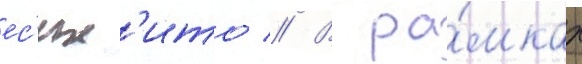
ес'их'ито // В ра́мках